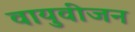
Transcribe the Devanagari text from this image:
वायुवीजन